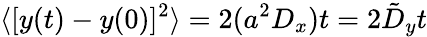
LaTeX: \langle[y(t)-y(0)]^{2}\rangle=2(a^{2}D_{x})t=2\tilde{D}_{y}t